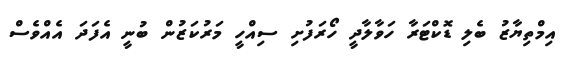
އިމްތިޔާޒު ބެލި ޑޮކްޓަރާ ހަވާލާދީ ހޯރަފުށި ސިއްހީ މަރުކަޒުން ބުނީ އެފަދަ އެއްވެސް